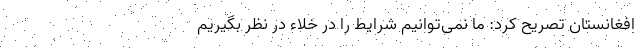
افغانستان تصریح کرد: ما نمی‌توانیم شرایط را در خلاء در نظر بگیریم